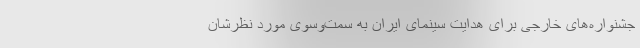
جشنواره‌های خارجی برای هدایت سینمای ایران به سمت‌وسوی مورد نظرشان